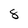
Character: 8